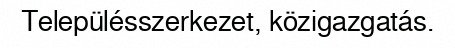
Településszerkezet, közigazgatás.